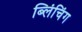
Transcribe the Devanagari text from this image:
ब्लिंचिंग